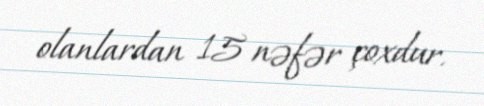
olanlardan 15 nəfər çoxdur.